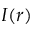
I ( r )